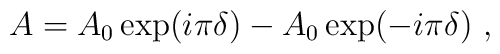
A = A_0 \exp ( i \pi \delta ) - A_0 \exp ( -i \pi \delta ) ~,